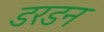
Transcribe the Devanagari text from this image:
डरडन